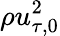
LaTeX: \rho u_{\tau,0}^{2}